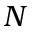
N